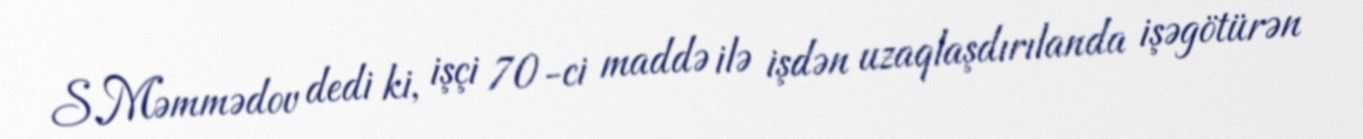
S.Məmmədov dedi ki, işçi 70-ci maddə ilə işdən uzaqlaşdırılanda işəgötürən